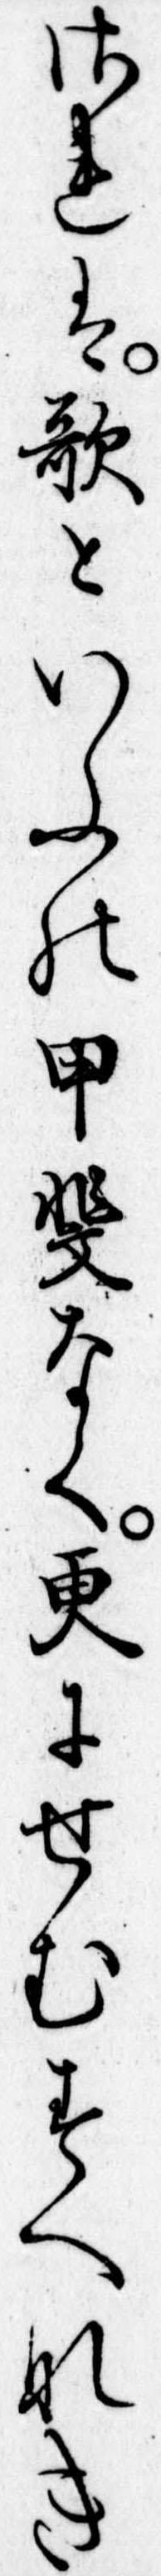
されは歌といふの甲斐なく更にせむすへなき